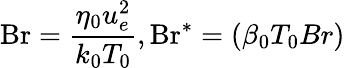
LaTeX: \mathrm{Br}=\frac{\eta_{0}u_{e}^{2}}{k_{0}T_{0}},\mathrm{Br^{*}}=\left(\beta_{0}T_{0}Br\right)